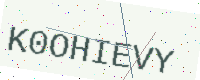
Text: K0OHIEVY